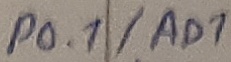
Text: P0.1/AD1